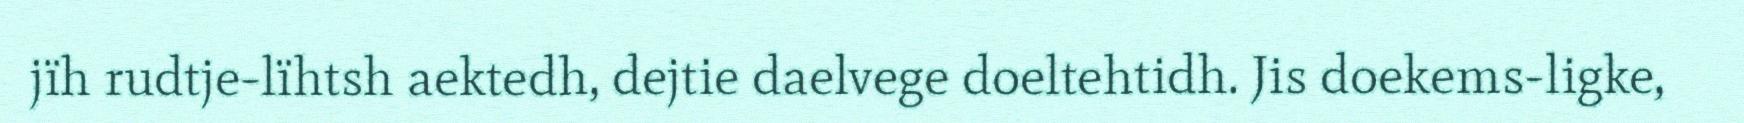
jïh rudtje-lïhtsh aektedh, dejtie daelvege doeltehtidh. Jis doekems-ligke,